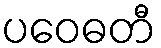
ပဝေဓတီ